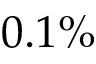
0 . 1 \%